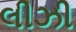
લીઝી